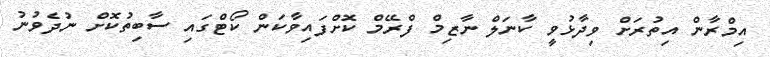
އިމްރާން އިތުރަށް ވިދާޅުވީ ކާނަލް ނާޒިމް ފްރޭމް ކޮށްފައިވާކަން ކޯޓްގައި ސާބިތުކޮށް ނުދެވުނު